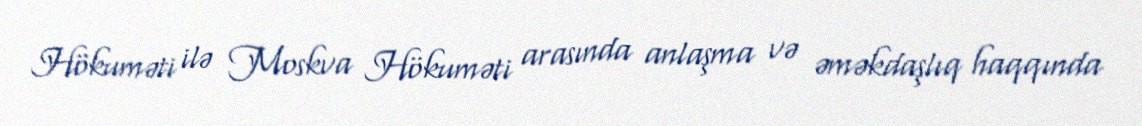
Hökuməti ilə Moskva Hökuməti arasında anlaşma və əməkdaşlıq haqqında